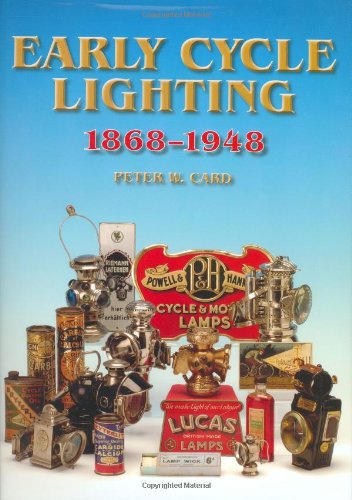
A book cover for Early Cycle Lighting 1868-1948: Identification and Value Guide (Crowood Collectors' Series); Peter Card; Crafts, Hobbies & Home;